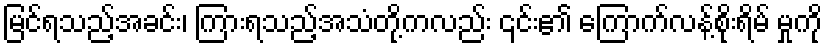
မြင်ရသည့်အခင်း၊ ကြားရသည့်အသံတို့ကလည်း ၎င်း၏ ကြောက်လန့်စိုးရိမ် မှုကို